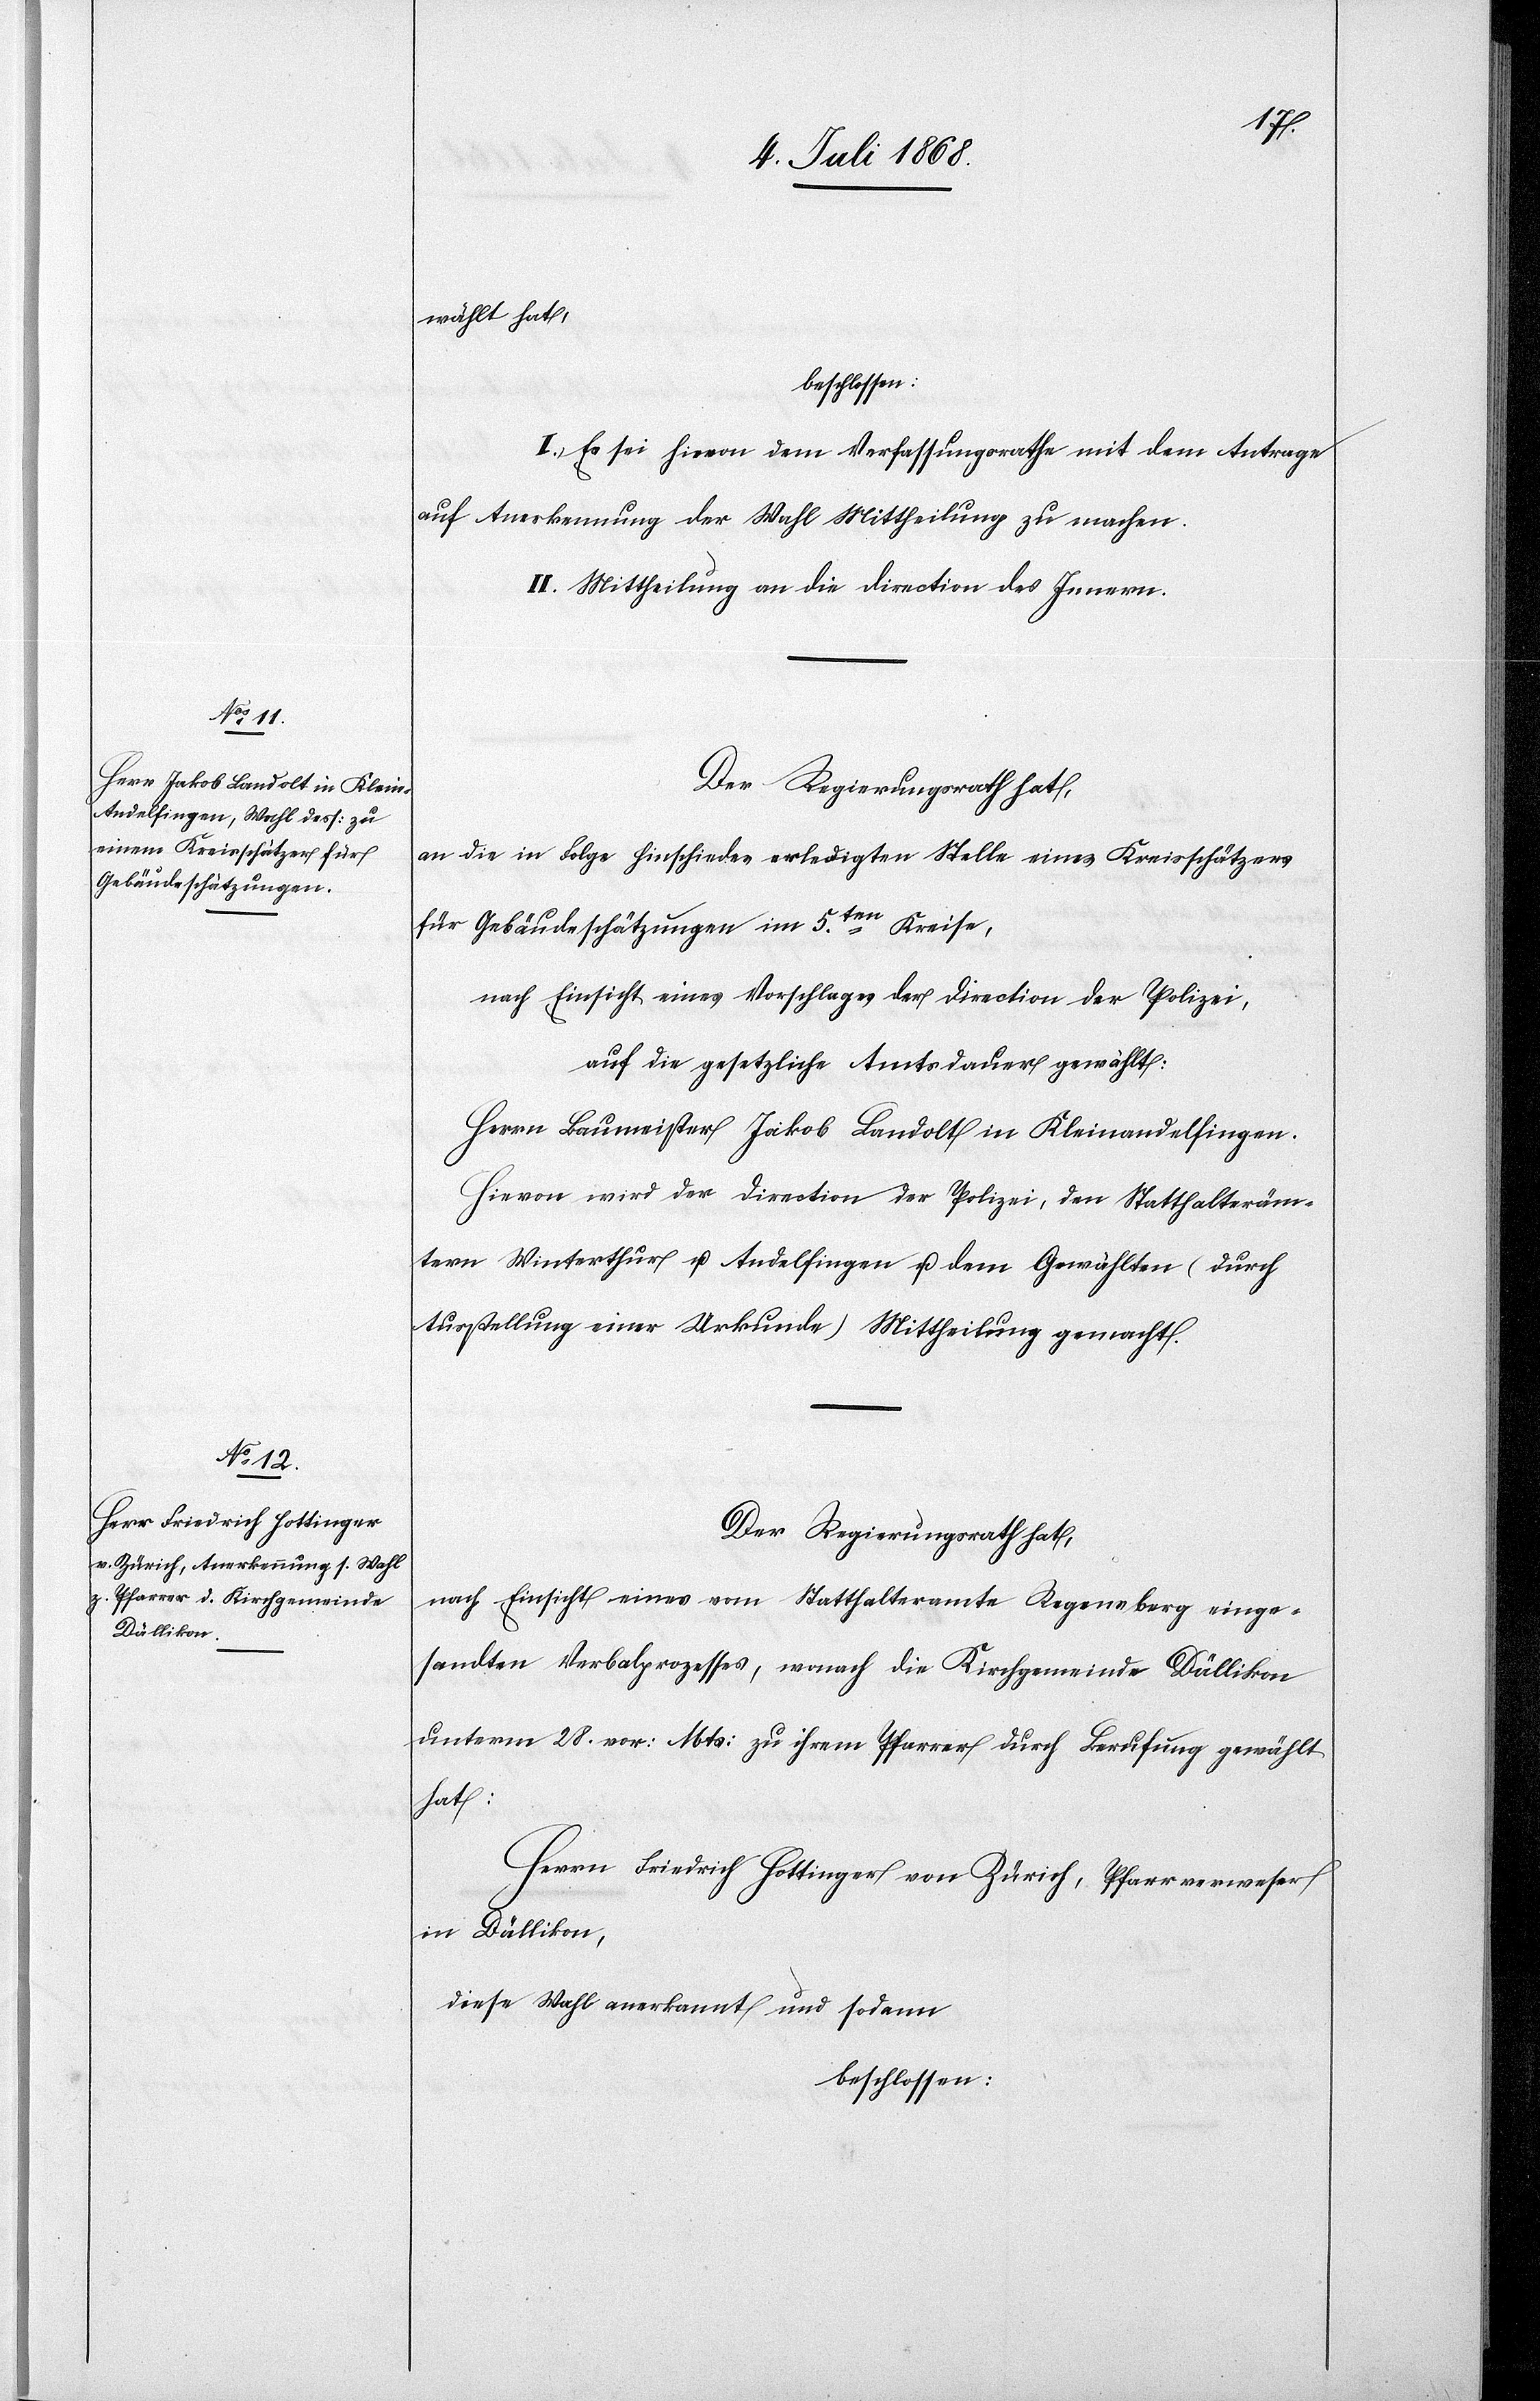
wählt hat,
beschlossen:
I. Es sei hievon dem Verfassungsrathe mit dem Antrage
auf Anerkennung der Wahl Mittheilung zu machen.
II. Mittheilung an die Direction des Innern.
Der Regierungsrath hat,
an die in Folge Hinschiedes erledigten [sic!] Stelle eines Kreisschätzers
für Gebäudeschätzungen im 5ten. Kreise,
nach Einsicht eines Vorschlages der Direction der Polizei,
auf die gesetzliche Amtsdauer gewählt:
Herrn Baumeister Jakob Landolt in Kleinandelfingen.
Hievon wird der Direction der Polizei, den Statthalteräm¬
tern Winterthur u. Andelfingen u. dem Gewählten (durch
Ausstellung einer Urkunde) Mittheilung gemacht.
Der Regierungsrath hat,
nach Einsicht eines vom Statthalteramte Regensberg einge¬
sandten Verbalprozesses, wonach die Kirchgemeinde Dällikon
unterm 28. vor: Mts: zu ihrem Pfarrer durch Berufung gewählt
hat:
Herrn Friedrich Hottinger von Zürich, Pfarrverweser
in Dällikon,
diese Wahl anerkannt und sodann
beschlossen: